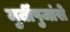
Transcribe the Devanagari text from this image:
मुर्तीपुजांसे